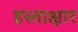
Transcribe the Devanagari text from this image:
हस्ताक्षार